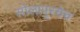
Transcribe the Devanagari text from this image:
सोलापूरचेच